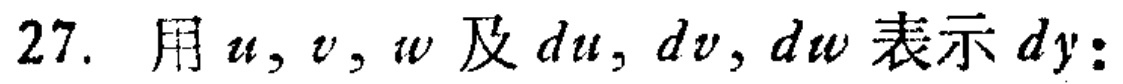
27. 用\(u, v, w\)及\(du, dv, dw\)表示\(dy\)：